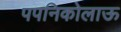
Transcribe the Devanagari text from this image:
पपनिकोलाऊ